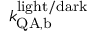
k _ { \mathrm { Q A , b } } ^ { \mathrm { l i g h t / d a r k } }